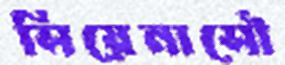
সিয়েনাসৌ